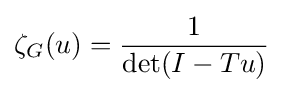
\zeta _{G}(u)={\frac {1}{\det(I-Tu)}}~